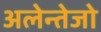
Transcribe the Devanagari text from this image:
अलेन्तेजो